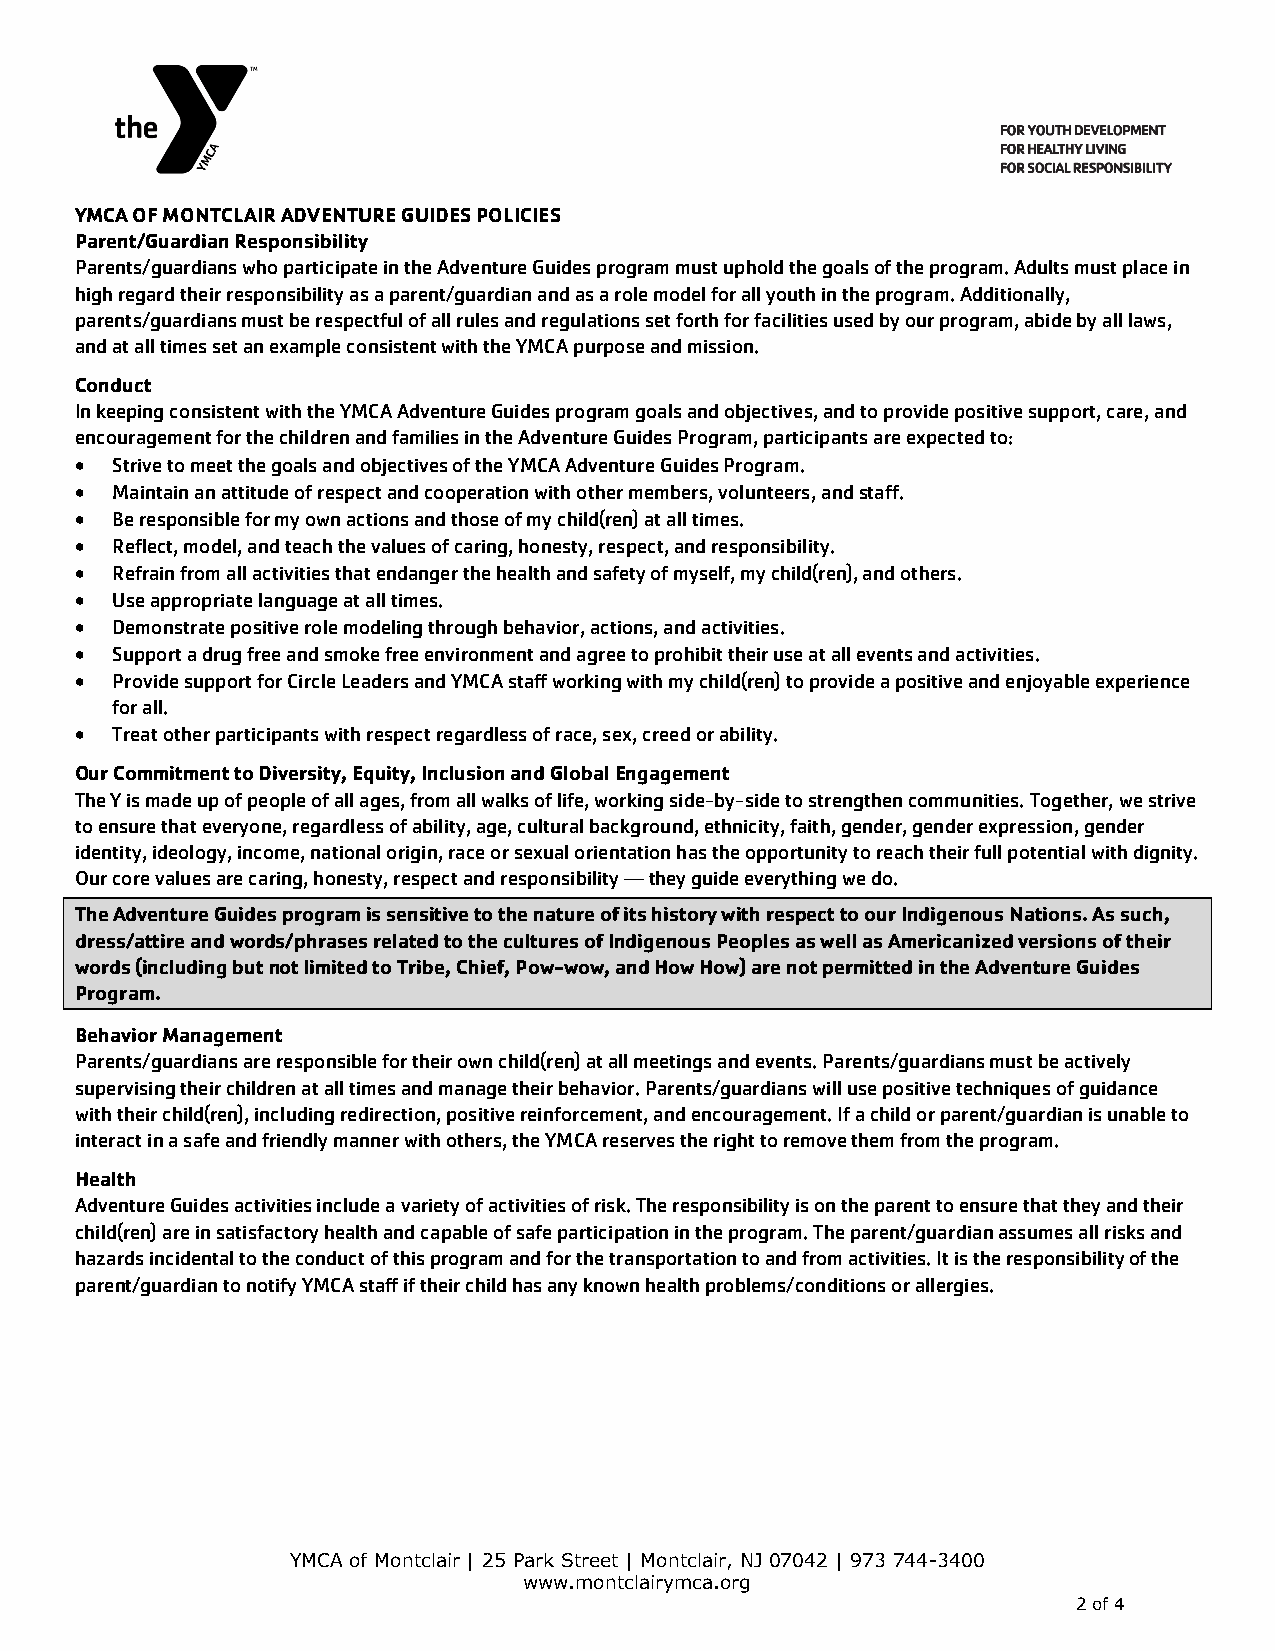
YMCA OF MONTCLAIR ADVENTURE GUIDES POLICIES
 Parent/Guardian Responsibility
 Parents/guardians who participate in the Adventure Guides program must uphold the goals of the program. Adults must place in
 high regard their responsibility as a parent/guardian and as a role model for all youth in the program. Additionally,
 parents/guardians must be respectful of all rules and regulations set forth for facilities used by our program, abide by all laws,
 and at all times set an example consistent with the YMCA purpose and mission.
 Conduct
 In keeping consistent with the YMCA Adventure Guides program goals and objectives, and to provide positive support, care, and
 encouragement for the children and families in the Adventure Guides Program, participants are expected to:
 • Strive to meet the goals and objectives of the YMCA Adventure Guides Program.
 • Maintain an attitude of respect and cooperation with other members, volunteers, and staff.
 • Be responsible for my own actions and those of my child(ren) at all times.
 • Reflect, model, and teach the values of caring, honesty, respect, and responsibility.
 • Refrain from all activities that endanger the health and safety of myself, my child(ren), and others.
 • Use appropriate language at all times.
 • Demonstrate positive role modeling through behavior, actions, and activities.
 • Support a drug free and smoke free environment and agree to prohibit their use at all events and activities.
 • Provide support for Circle Leaders and YMCA staff working with my child(ren) to provide a positive and enjoyable experience
 for all.
 • Treat other participants with respect regardless of race, sex, creed or ability.
 Our Commitment to Diversity, Equity, Inclusion and Global Engagement
 The Y is made up of people of all ages, from all walks of life, working side-by-side to strengthen communities. Together, we strive
 to ensure that everyone, regardless of ability, age, cultural background, ethnicity, faith, gender, gender expression, gender
 identity, ideology, income, national origin, race or sexual orientation has the opportunity to reach their full potential with dignity.
 Our core values are caring, honesty, respect and responsibility — they guide everything we do.
 The Adventure Guides program is sensitive to the nature of its history with respect to our Indigenous Nations. As such,
 dress/attire and words/phrases related to the cultures of Indigenous Peoples as well as Americanized versions of their
 words (including but not limited to Tribe, Chief, Pow-wow, and How How) are not permitted in the Adventure Guides
 Program.
 Behavior Management
 Parents/guardians are responsible for their own child(ren) at all meetings and events. Parents/guardians must be actively
 supervising their children at all times and manage their behavior. Parents/guardians will use positive techniques of guidance
 with their child(ren), including redirection, positive reinforcement, and encouragement. If a child or parent/guardian is unable to
 interact in a safe and friendly manner with others, the YMCA reserves the right to remove them from the program.
 Health
 Adventure Guides activities include a variety of activities of risk. The responsibility is on the parent to ensure that they and their
 child(ren) are in satisfactory health and capable of safe participation in the program. The parent/guardian assumes all risks and
 hazards incidental to the conduct of this program and for the transportation to and from activities. It is the responsibility of the
 parent/guardian to notify YMCA staff if their child has any known health problems/conditions or allergies.
 YMCA of Montclair | 25 Park Street | Montclair, NJ 07042 | 973 744-3400
 www.montclairymca.org
 2 of 4